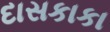
દાસકાકા